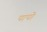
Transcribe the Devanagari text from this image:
पापो